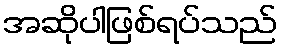
အဆိုပါဖြစ်ရပ်သည်